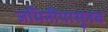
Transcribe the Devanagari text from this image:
जमिनीपासूनच